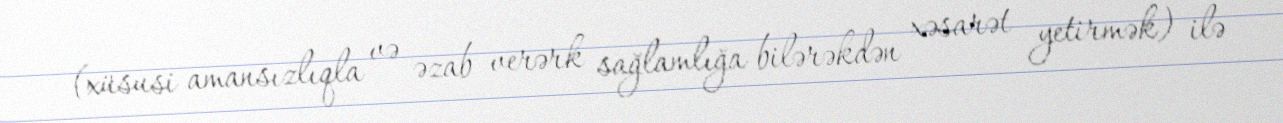
(xüsusi amansızlıqla və əzab verərk sağlamlığa bilərəkdən xəsarət yetirmək) ilə